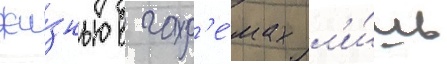
жи́знью в гар'е́мах л'и́шь